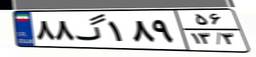
۸۸گ۱۸۹۵۶